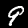
Label: 9